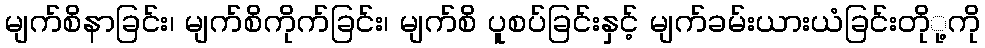
မျက်စိနာခြင်း၊ မျက်စိကိုက်ခြင်း၊ မျက်စိ ပူစပ်ခြင်းနှင့် မျက်ခမ်းယားယံခြင်းတိုု့ကို